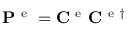
\mathbf { P } ^ { \mathrm { ~ e ~ } } = \mathbf { C } ^ { \mathrm { ~ e ~ } } \mathbf { C } ^ { \mathrm { ~ e ~ } \dagger }